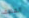
العطف